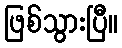
ဖြစ်သွားပြီ။